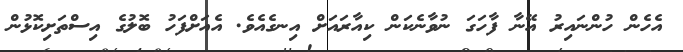
އެހެން ހުންނައިރު އޭނާ ފާހަގަ ނުވާނެކަން ކިއާރައަށް އިނގެއެވެ. އެއަށްފަހު ބޮލުގެ އިސްތަށިކޮޅުން